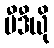
ဗီဒီယို